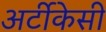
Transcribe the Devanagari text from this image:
अर्टीकेसी